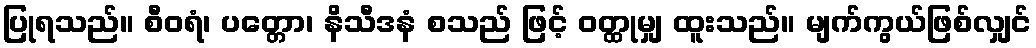
ပြုရသည်။ စီဝရံ၊ ပတ္တော၊ နိသီဒနံ စသည် ဖြင့် ဝတ္ထုမျှ ထူးသည်။ မျက်ကွယ်ဖြစ်လျှင်